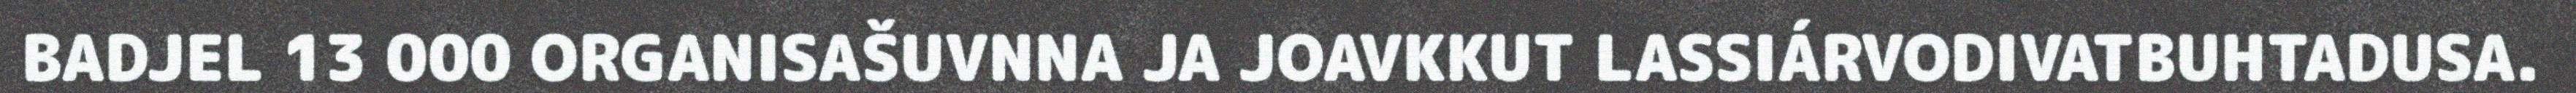
BADJEL 13 000 ORGANISAŠUVNNA JA JOAVKKUT LASSIÁRVODIVATBUHTADUSA.